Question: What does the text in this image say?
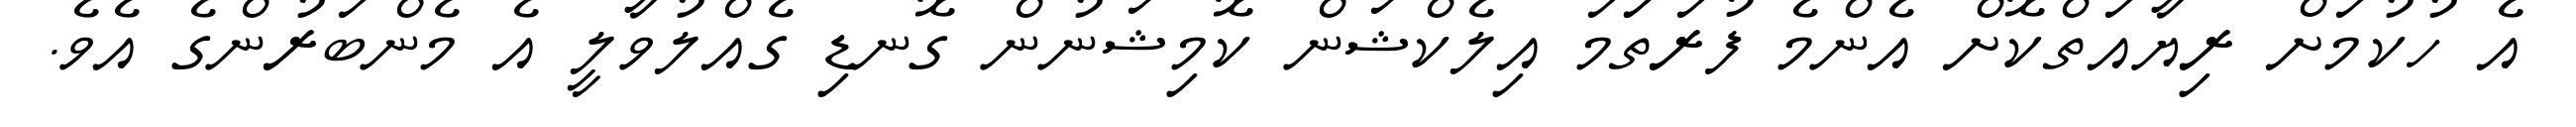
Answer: އެ ހުކުމަށް ރިޔާއަތްކޮށް އެންމެ ފުރަތަަމަ އިލެކްޝަން ކޮމިޝަނުން ގޮނޑި ގެއްލުވާލީ އެ މެންބަރުންގެ އެވެ.